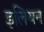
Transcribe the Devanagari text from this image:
इलियन